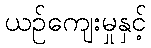
ယဉ်ကျေးမှုနှင့်